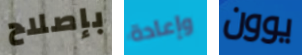
بإصلاح وإعادة يوون